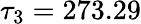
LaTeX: \tau_{3}=273.29